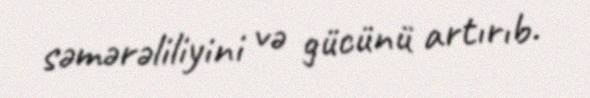
səmərəliliyini və gücünü artırıb.